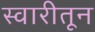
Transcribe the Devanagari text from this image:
स्वारीतून